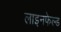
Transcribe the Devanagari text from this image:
लाइनफेल्ड